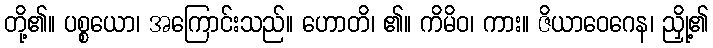
တို့၏။ ပစ္စယော၊ အကြောင်းသည်။ ဟောတိ၊ ၏။ ကိမိဝ၊ ကား။ ဇိယာဝေဂေန၊ ညှို့၏